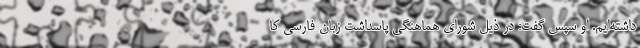
داشته‌ایم. او سپس گفت: در ذیل شورای هماهنگی پاسداشت زبان فارسی کا